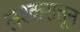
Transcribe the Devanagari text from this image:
लश्करातून